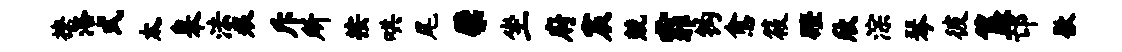
撩洛式太皋法痕斥所按哄尾檗坐府宸兢霏钩愈筱磴欣淙琴彼簋邙歇